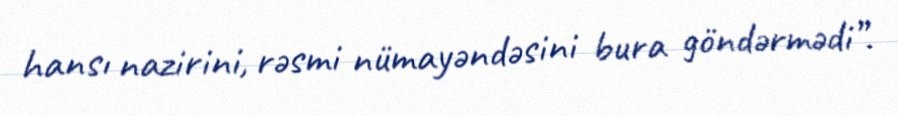
hansı nazirini, rəsmi nümayəndəsini bura göndərmədi”.